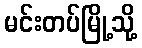
မင်းတပ်မြို့သို့